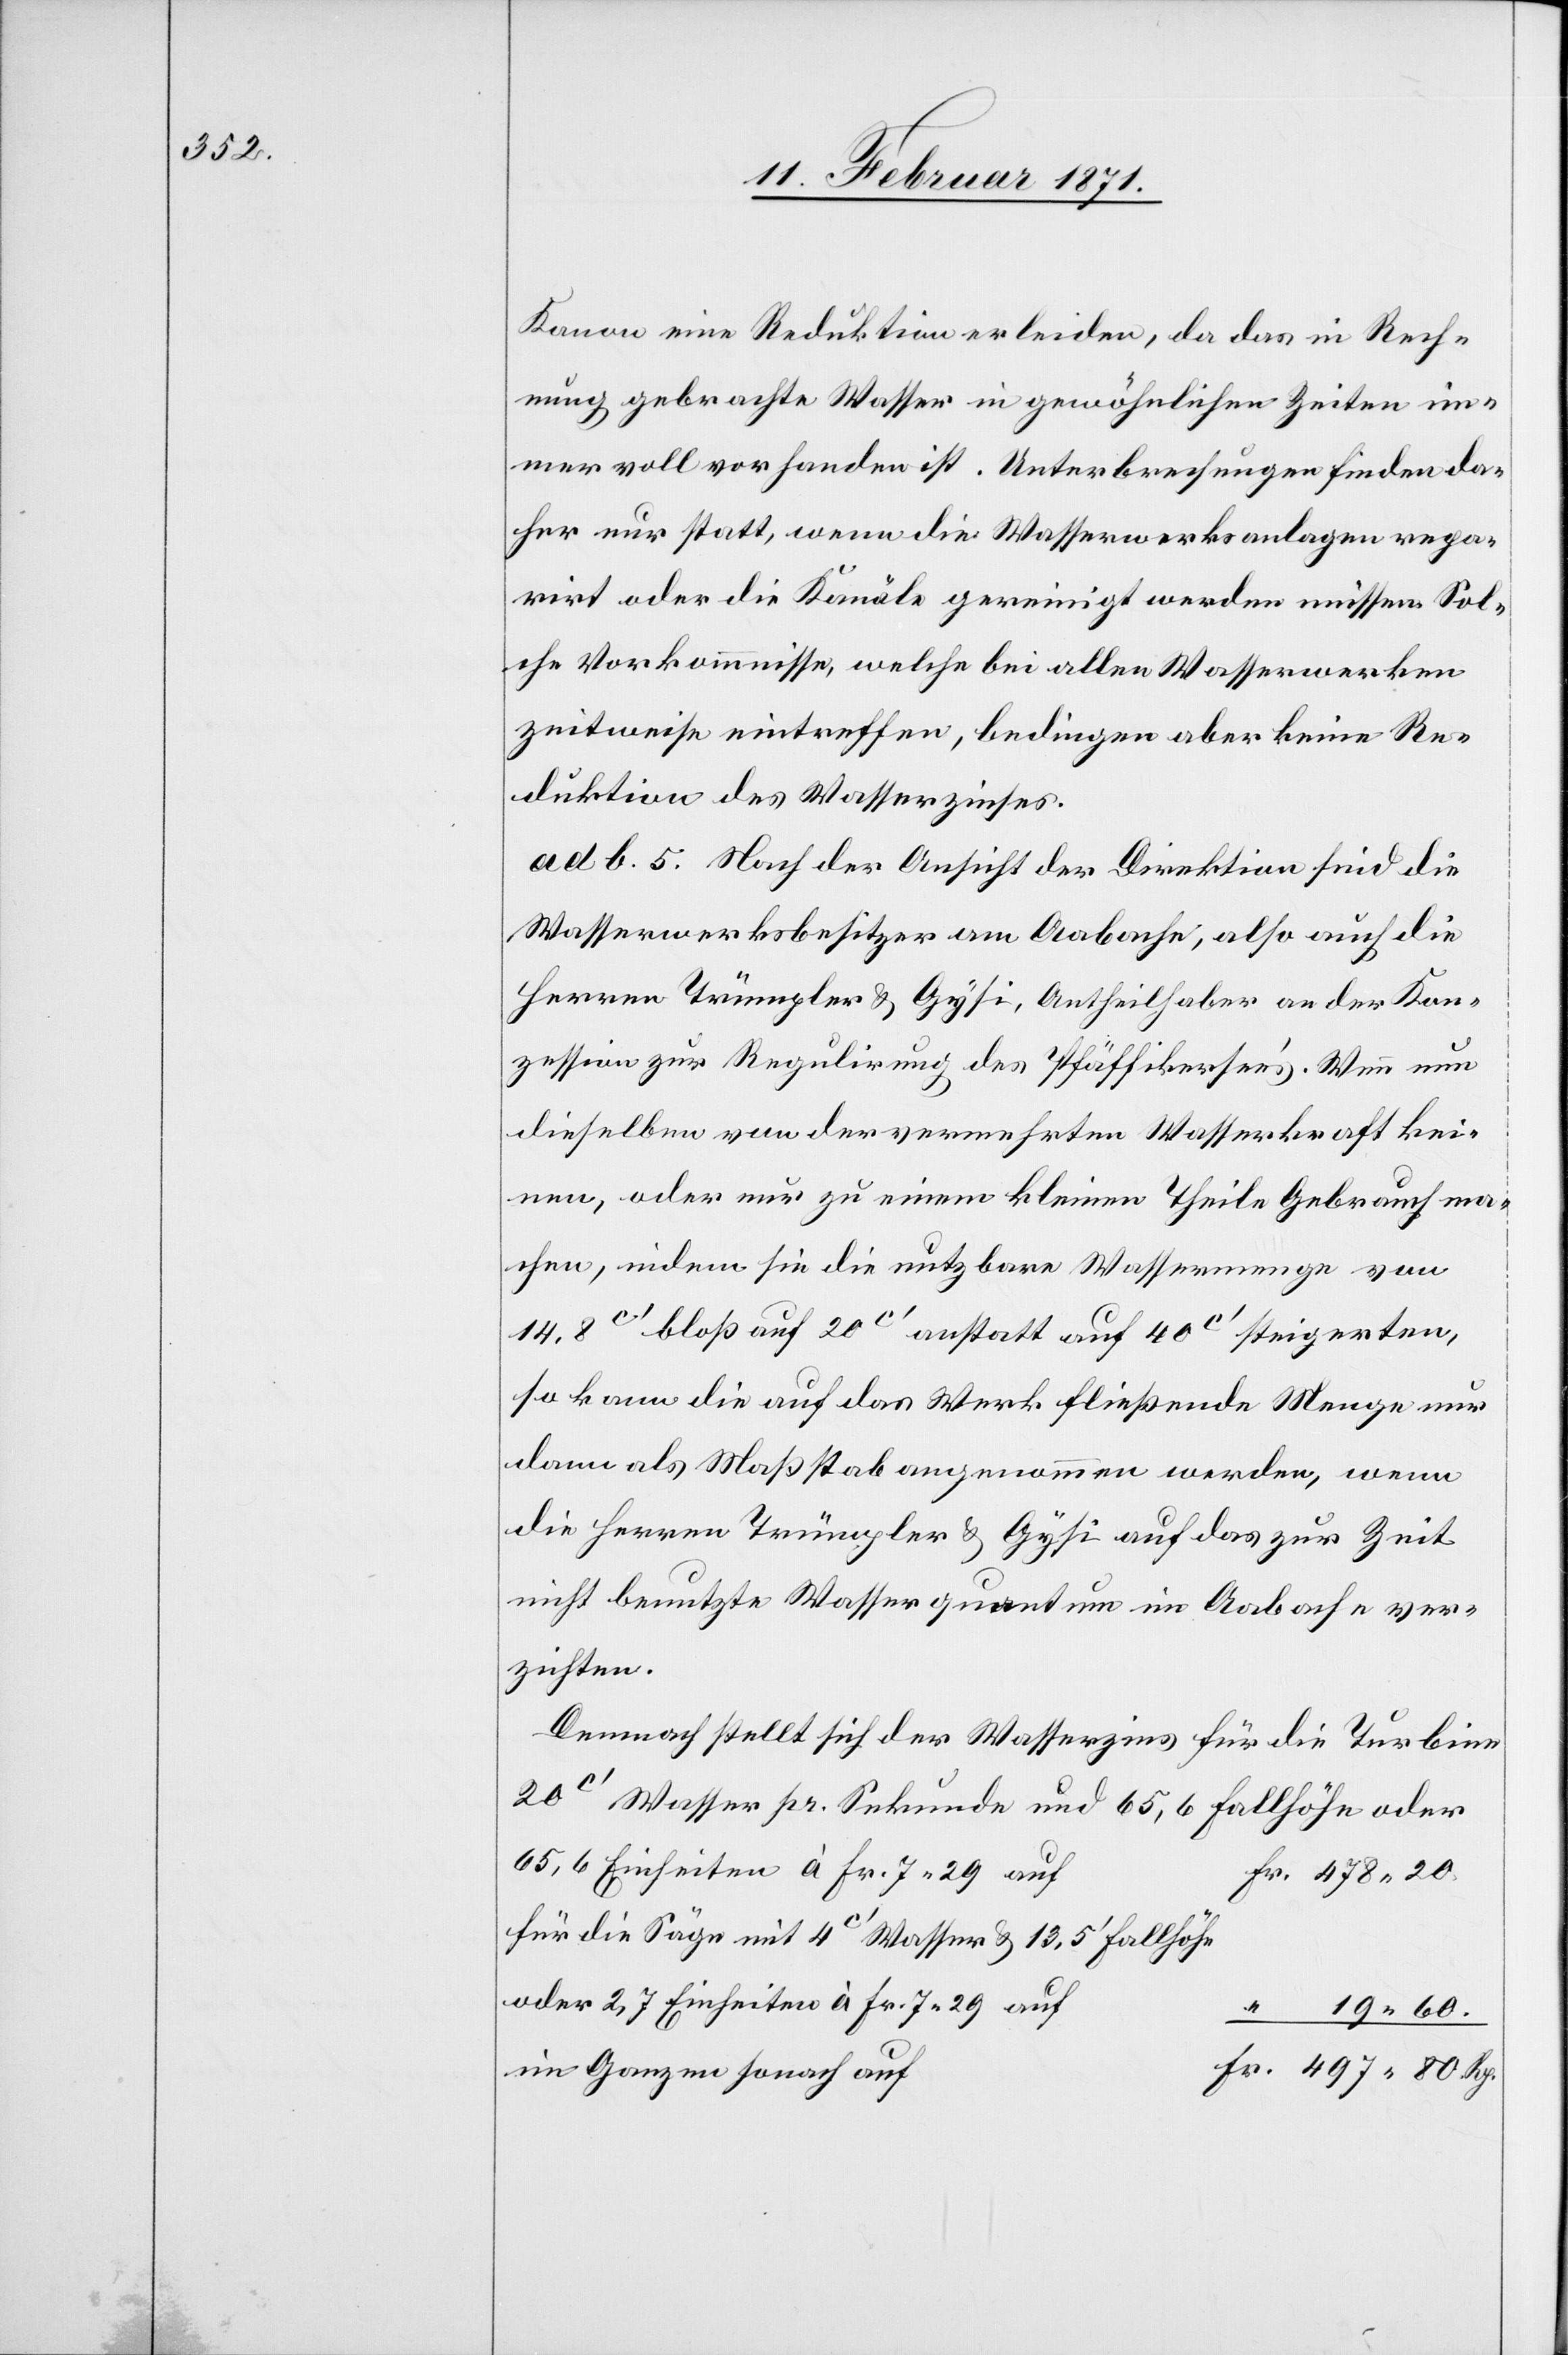
Kanon eine Reduktion erleiden, da das in Rech¬
nung gebrachte Wasser in gewöhnlichen Zeiten im¬
mer voll vorhanden ist. Unterbrechungen finden da¬
her nur statt, wenn die Wasserwerksanlagen repa¬
rirt oder die Kanäle gereinigt werden müssen. Sol¬
che Vorkommnisse, welche bei allen Wasserwerken
zeitweise eintreffen, bedingen aber keine Re¬
duktion des Wasserzinses.
ad b. 5. Nach der Ansicht der Direktion sind die
Wasserwerksbesitzer am Aabache, also auch die
Herren Trümpler u. Gysi, Antheilhaber an der Kon¬
zession zur Regulirung des Pfäffikersee’s. Wenn nun
dieselben von der vermehrten Wasserkraft kei¬
nen, oder nur zu einem kleinen Theile Gebrauch ma¬
chen, indem sie die nutzbare Wassermenge von
14.8c‘ bloß auf 20c‘ anstatt auf 40c‘ steigerten,
so kann die auf das Werk fließende Menge nur
dann als Maßstab angenommen werden, wenn
die Herren Trümpler u. Gysi auf das zur Zeit
nicht benutzte Wasserquantum im Aabache ver¬
zichten.
Demnach stellt sich der Wasserzins für die Turbine
20c‘ Wasser pr. Sekunde und 65,6 Fallhöhe oder
65,6 Einheiten à Fr. 7.29 auf
Fr. 478.20.
für die Säge mit 4c‘ Wasser u. 13.5‘ Fallhöhe
oder 2,7 Einheiten à Fr. 7.29
“ 19.60.
im Ganzen sonach auf